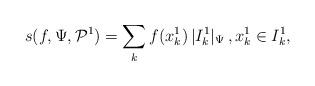
LaTeX: \begin{align*} s(f,\Psi, \mathcal{P}^1) =\sum_{k} f(x_k^1)\, |I^1_k|_\Psi\,,x_k^1\in I^1_k,\end{align*}